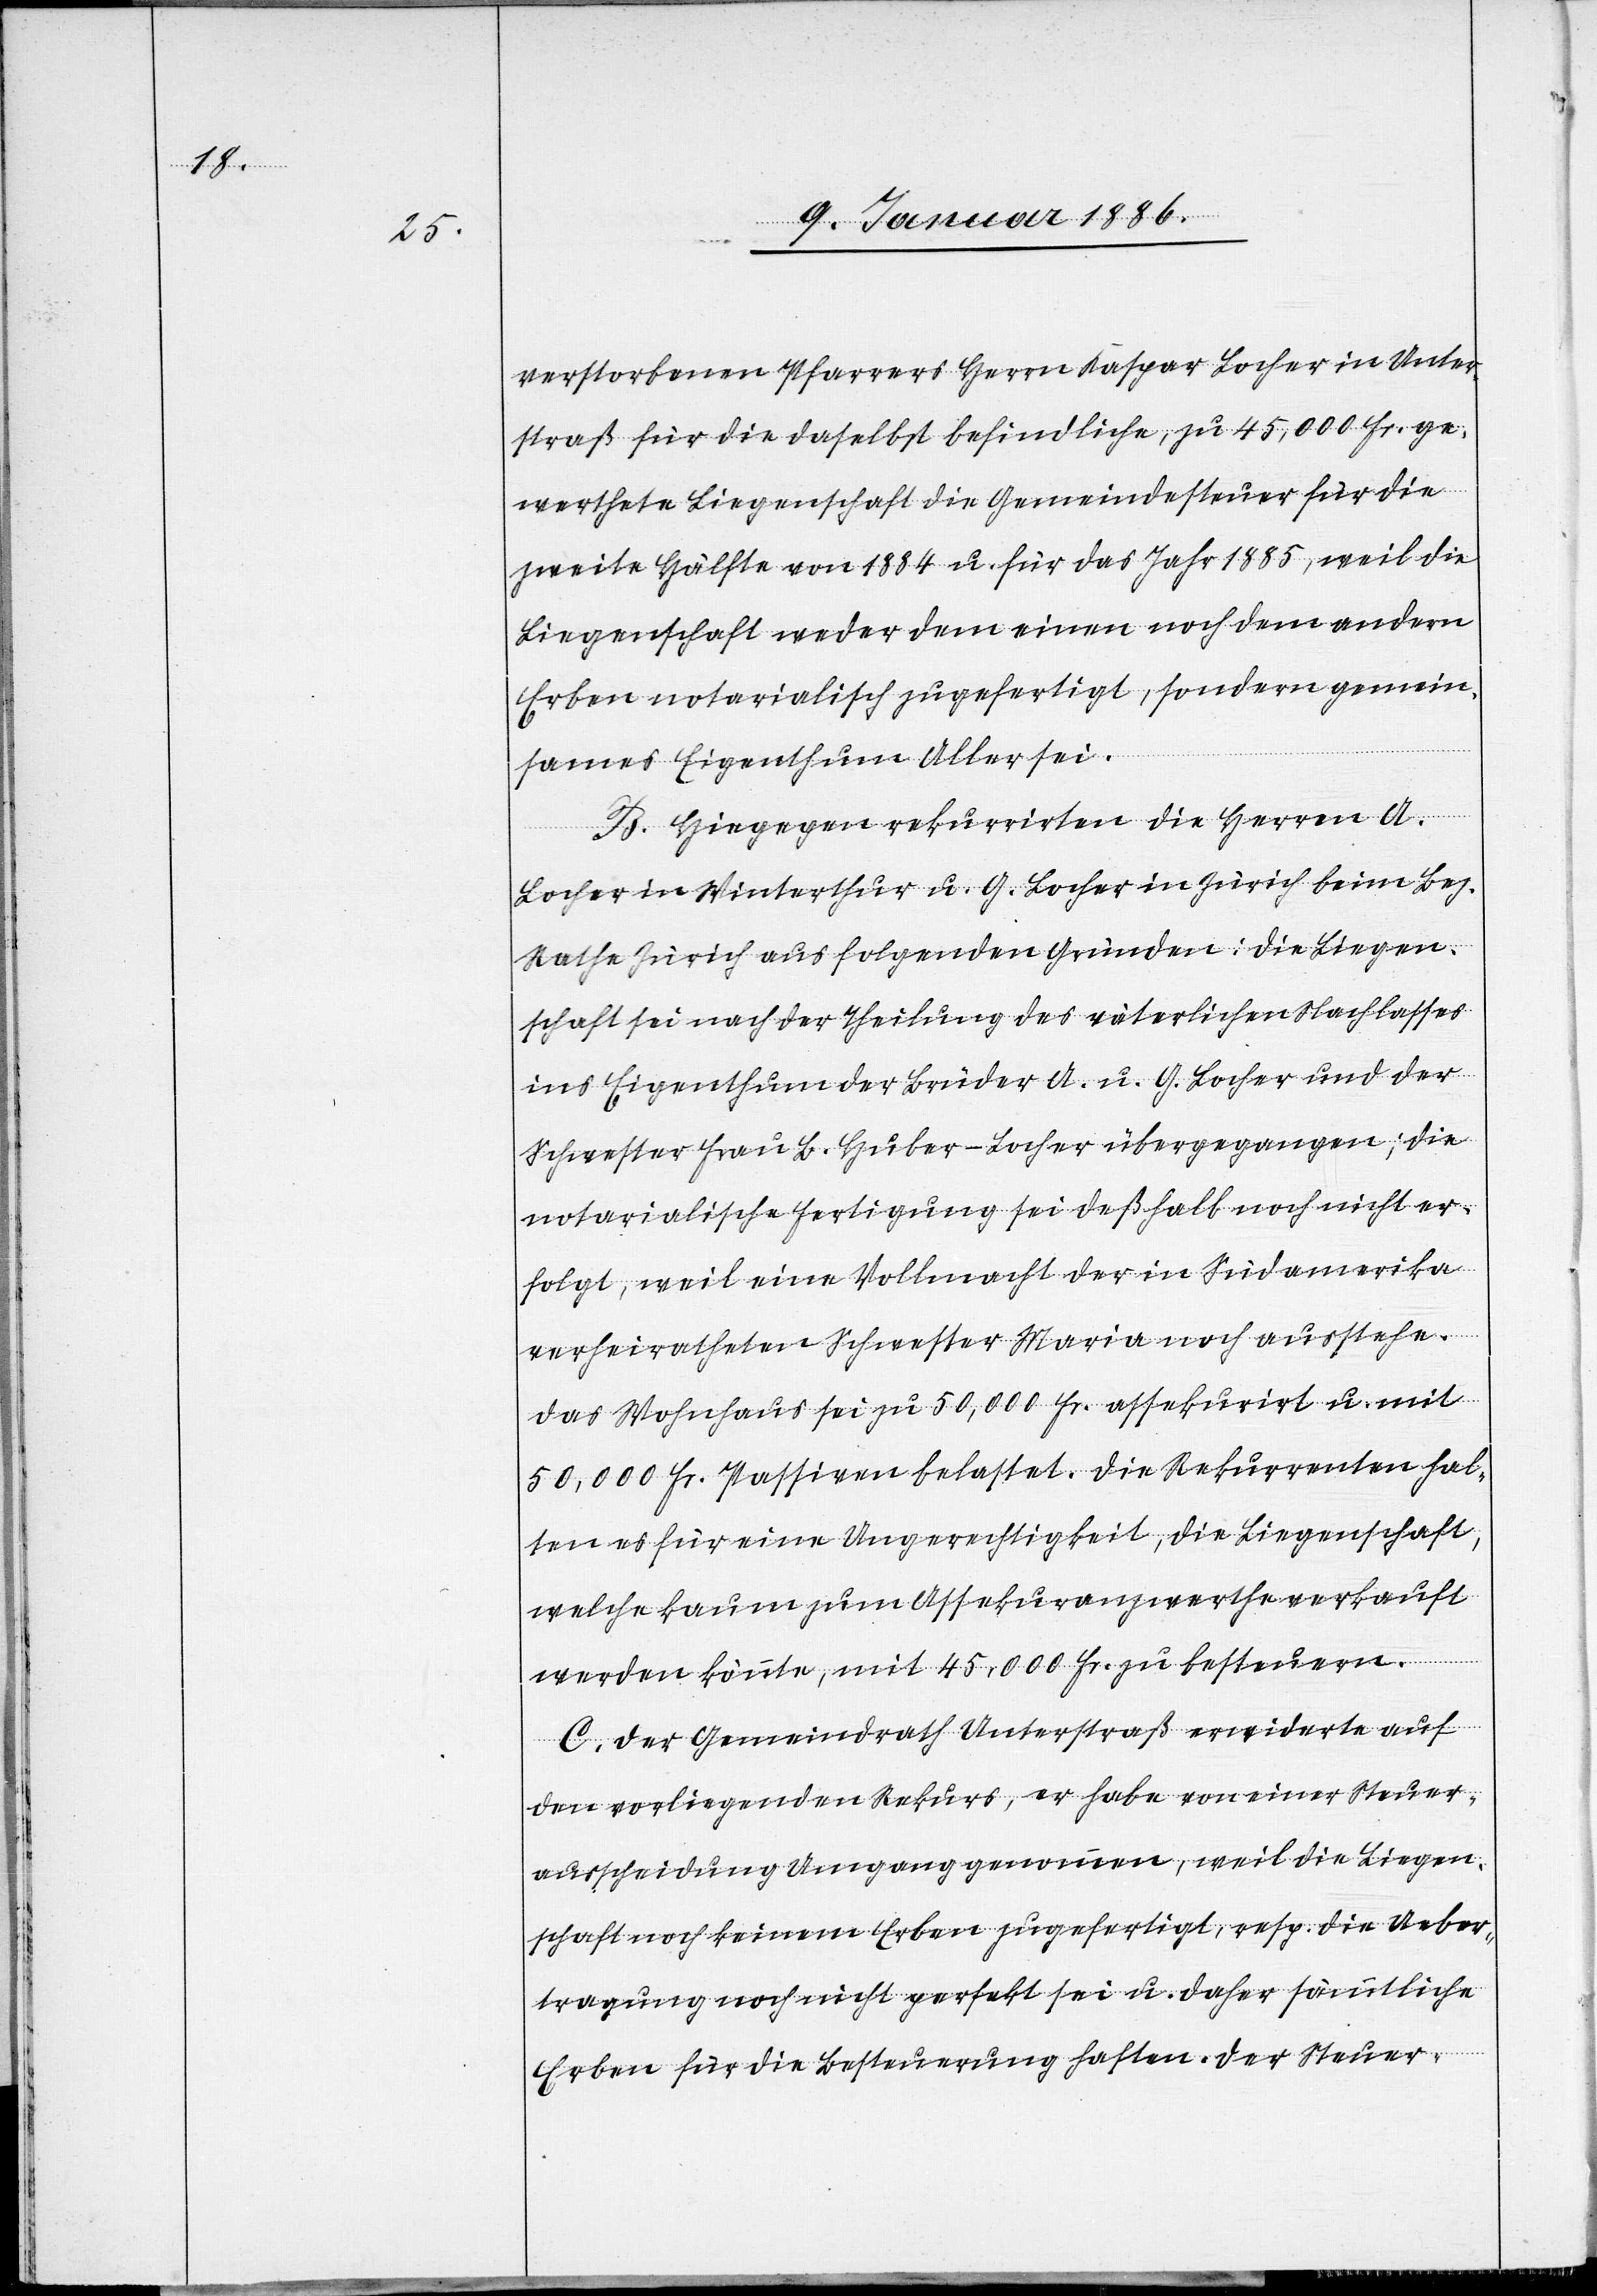
verstorbenen Pfarrers Herrn Kaspar Locher in Unter¬
straß für die daselbst befindliche, zu 45,000 Fr. ge¬
werthete Liegenschaft die Gemeindesteuer für die
zweite Hälfte von 1884 u. für das Jahr 1885, weil die
Liegenschaft weder dem einen noch dem andern
Erben notarialisch zugefertigt, sondern gemein¬
sames Eigenthum Aller sei.
B. Hiegegen rekurrirten die Herren A.
Locher in Winterthur u. G. Locher in Zürich beim Bez.
Rathe Zürich aus folgenden Gründen: die Liegen¬
schaft sei nach der Theilung des väterlichen Nachlasses
ins Eigenthum der Brüder A. u. G. Locher und der
Schwester Frau B. Huber-Locher übergegangen; die
notarialische Fertigung sei deßhalb noch nicht er¬
folgt, weil eine Vollmacht der in Südamerika
verheirateten Schwester Maria noch ausstehe.
Das Wohnhaus sei zu 50,000 Fr. assekurirt u. mit
50,000 Fr. Passiven belastet. Die Rekurrenten hal¬
ten es für eine Ungerechtigkeit, die Liegenschaft,
welche kaum zum Assekuranzwerthe verkauft
werden könnte, mit 45,000 Fr. zu besteuern.
C. Der Gemeindrath Unterstraß erwiderte auf
den vorliegenden Rekurs, er habe von einer Steuer¬
ausscheidung Umgang genommen, weil die Liegen¬
schaft noch keinem Erben zugefertigt, resp. die Ueber¬
tragung noch nicht perfekt sei u. daher sämmtliche
Erben für die Besteuerung haften. Der Steuer-